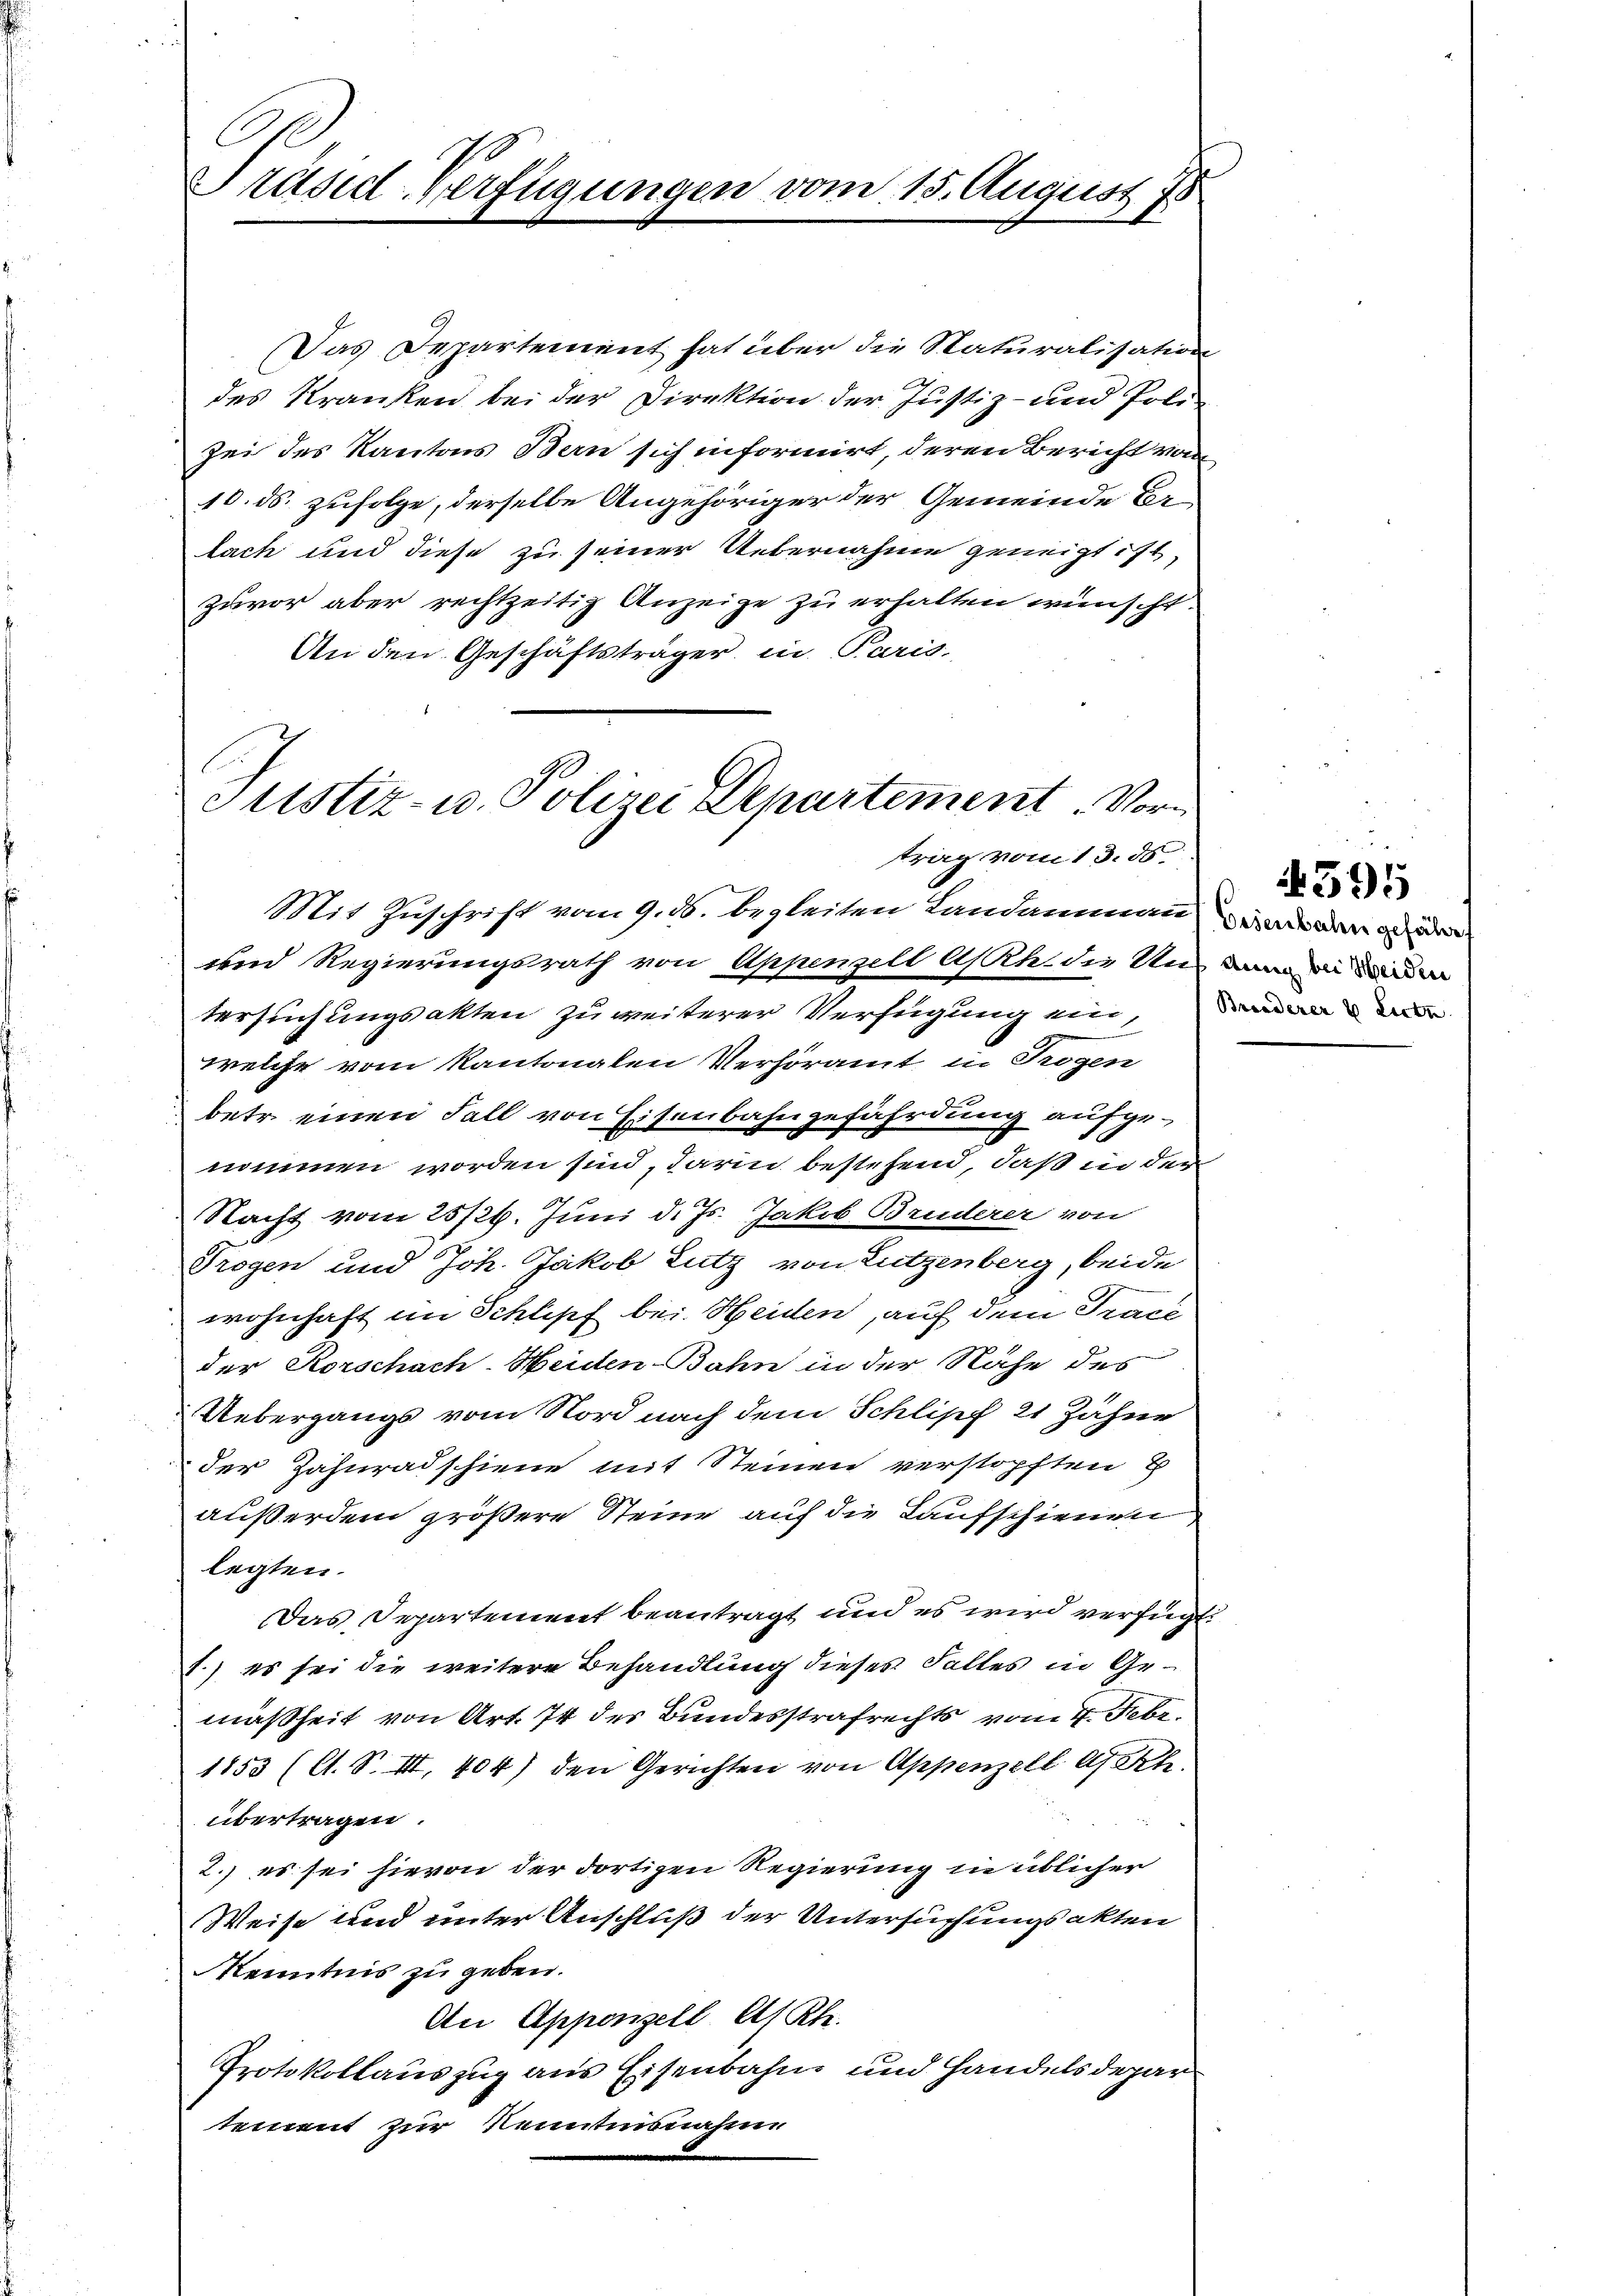
C.
Präsid-Verfügungen vom 15. August 1

Das Departement hat über die Naturalisation
des Kranken bei der Direktion der Justiz- und Poli¬
Zei des Kantons Bern sich informirt, deren Bericht von
10. ds. zufolge, derselbe Angehöriger der Gemeinde Er-
lach und diese zu seiner Uebernahme geneigt ist,
Zuvor aber rechtzeitig Anzeige zu erhalten wünscht.
An den Geschäftsträger in Paris,
Mit Zuschrift vom 9. ds. begleiten Landammann der de
uen Regierungsrath von Appenzell A/Rh. die Und die
tersuchungsakten zu weiterer Verfügung ein, wenn
welche vom Kantonalen Verhöramt in Trogen
betr. einen Fall von Eisenbahngefährdung aufgenommen worden sind, darin bestehend, daß in der
Nacht vom 25/26. Juni d. Js. Jakob Bruderer von
Trogen und Joh. Jakob Lutz von Lutzenberg, beide
wohnhaft im Schlipf bei. Heiden, auf dem Tracé
der Korschach-Heiden-Bahn in der Nähe des
Uebergangs vom Nord nach dem Schlipf 21 Zähne
der Zahnradschiene mit Steinen verstopften E
außerdem größere Steine auf die Kaufschienen
legten.
Das Departement beantragt und es wird verfügt:
1.) es sei die weitere Behandlung dieses Falles in Gemäßheit von Art. 74 der Bundesstrafrechts vom 4. Febr.
1853 (A. S. III, 404) den Gerichten von Appenzell A/Rh.
übertragen.
2.) es sei hievon der dortigen Regierung in üblicher
Weise und unter Anschluß der Untersuchungsakten
Kenntnis zu geben.
An Appenzell A/Rh.
Protokollauszug aus Eisenbahn und Handelsdepar
tement zur Kenntnisnahme

Justiz- u. Polizei Departement. Vortrag vom 13. ds.

4595